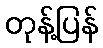
တုန့်ပြန်